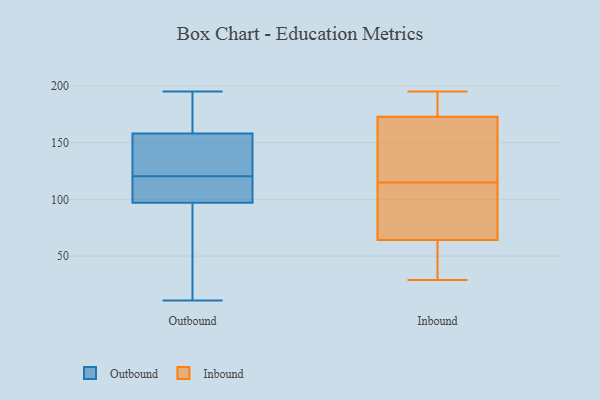
{"axis": {"x": "Tickets Resolved", "y": "Value"}, "legend": ["Inbound", "Outbound"], "data": [{"x": "", "y": 104, "type": "Outbound"}, {"x": "", "y": 148, "type": "Outbound"}, {"x": "", "y": 114, "type": "Outbound"}, {"x": "", "y": 156, "type": "Outbound"}, {"x": "", "y": 11, "type": "Outbound"}, {"x": "", "y": 190, "type": "Outbound"}, {"x": "", "y": 53, "type": "Outbound"}, {"x": "", "y": 43, "type": "Outbound"}, {"x": "", "y": 194, "type": "Outbound"}, {"x": "", "y": 111, "type": "Outbound"}, {"x": "", "y": 158, "type": "Outbound"}, {"x": "", "y": 166, "type": "Outbound"}, {"x": "", "y": 12, "type": "Outbound"}, {"x": "", "y": 99, "type": "Outbound"}, {"x": "", "y": 195, "type": "Outbound"}, {"x": "", "y": 127, "type": "Outbound"}, {"x": "", "y": 129, "type": "Outbound"}, {"x": "", "y": 97, "type": "Outbound"}, {"x": "", "y": 195, "type": "Inbound"}, {"x": "", "y": 137, "type": "Inbound"}, {"x": "", "y": 29, "type": "Inbound"}, {"x": "", "y": 80, "type": "Inbound"}, {"x": "", "y": 80, "type": "Inbound"}, {"x": "", "y": 59, "type": "Inbound"}, {"x": "", "y": 175, "type": "Inbound"}, {"x": "", "y": 115, "type": "Inbound"}, {"x": "", "y": 173, "type": "Inbound"}, {"x": "", "y": 172, "type": "Inbound"}, {"x": "", "y": 40, "type": "Inbound"}]}